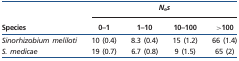
|  | <COLSPAN=4> Nes |
 | Species | 0–1 | 1–10 | 10–100 | >100 |
 | --- | --- | --- | --- | --- |
 | Sinorhizobium meliloti | 10 (0.4) | 8.3 (0.4) | 15 (1.2) | 66 (1.4) |
 | S. medicae | 19 (0.7) | 6.7 (0.8) | 9 (1.5) | 65 (2) |